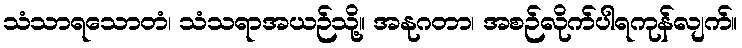
သံသာရသောတံ၊ သံသရာအယဉ်သို့။ အနုဂတာ၊ အစဉ်လိုက်ပါရကုန်လျက်။